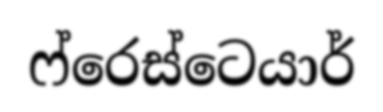
ෆ්රෙස්ටෙයාර්